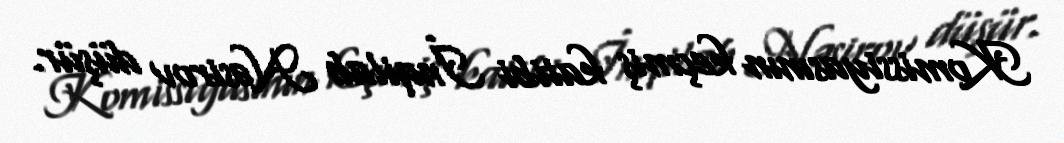
Komissiyasının keçmiş katibi İnqilab Nəsirov düşür.